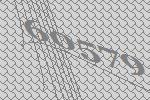
60579